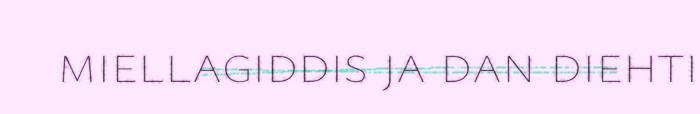
miellagiddis ja dan diehti